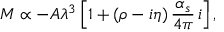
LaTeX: { \cal M } \propto - A \lambda ^ { 3 } \left[ 1 + ( \rho - i \eta ) \, { \frac { \alpha _ { s } } { 4 \pi } } \, i \right] ,